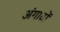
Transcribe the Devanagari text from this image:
अंगाठों